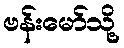
ဗန်းမော်သို့